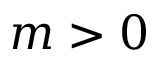
m > 0